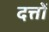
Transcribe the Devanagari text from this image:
दत्तों